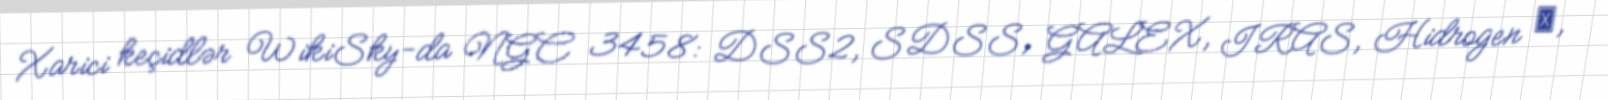
Xarici keçidlər WikiSky-da NGC 3458: DSS2, SDSS, GALEX, IRAS, Hidrogen α,